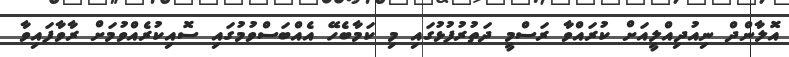
އޮލާންދް ނިއުދިއްލީއަށް ކުރައްވާ ރަސްމީ ދަތުރުފުޅުގައި މި ކަމާބެހޭ އެއްބަސްވުމުގައި ސޮއިކުރެއްވުމަށް ރާވާފައިވާ